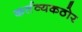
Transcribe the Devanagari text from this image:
कर्तव्यकठोर